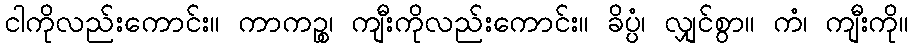
ငါကိုလည်းကောင်း။ ကာကဉ္စ၊ ကျီးကိုလည်းကောင်း။ ခိပ္ပံ၊ လျှင်စွာ။ ကံ၊ ကျီးကို။